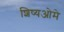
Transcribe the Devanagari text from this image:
शिष्यओमे